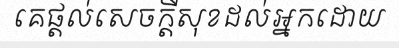
គេផ្តល់សេចក្តីសុខដល់អ្នកដោយ